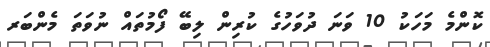
ކޮންމެ މަހަކު 10 ވަނަ ދުވަހުގެ ކުރިން ލިބޭ ފޯމުތައް ނުވަތަ މެންބަރ